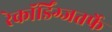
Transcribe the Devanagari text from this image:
रेकॉर्डिंग्जतर्फे